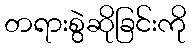
တရားစွဲဆိုခြင်းကို